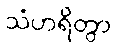
သံဟရိတွာ